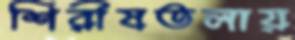
শিরীষতলায়